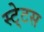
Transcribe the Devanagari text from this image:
स्‍टे्टस